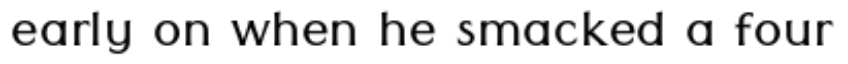
early on when he smacked a four